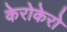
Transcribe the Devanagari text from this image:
केरोकेरो